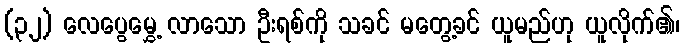
(၃၂) လေပွေမွှေ့ လာသော ဦးရစ်ကို သခင် မတွေ့ခင် ယူမည်ဟု ယူလိုက်၏၊